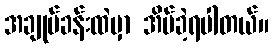
အချုပ်ခန်းထဲမှာ အိပ်ခဲ့ရပါတယ်။